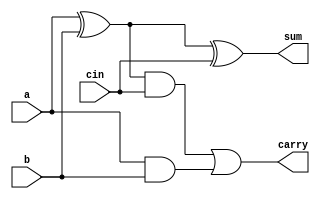
`timescale 1ns / 1ps

//design for 32bit multiplication

module full_adder(
    input a,b,cin,
    output sum,carry
    );
    
    assign sum = a^b^cin,
           carry = ((a^b)&cin)|(a&b);
endmodule

module four_bit(
    input [3:0] a , b , 
    input cin,
    output [3:0] sum,
    output carry 
    );
    
    wire [3:0] c;
    
    full_adder inst_0 (a[0], b[0], cin, sum[0] , c[0]);
    full_adder inst_1 (a[1], b[1], c[0], sum[1] , c[1]);
    full_adder inst_2 (a[2], b[2], c[1], sum[2] , c[2]);
    full_adder inst_3 (a[3], b[3], c[2], sum[3] , carry);
    
endmodule

module adder_32_bit (
    input [31:0] a , b,
    output [31:0] sum
    );
    reg cin = 1'b0;
    wire [7:0] c;
    
    four_bit inst0 (a[3:0], b[3:0], cin, sum[3:0], c[0] );
    four_bit inst1 (a[7:4], b[7:4], c[0], sum[7:4], c[1] );
    
    four_bit inst2 (a[11:8], b[11:8], c[1], sum[11:8], c[2] );
    four_bit inst3 (a[15:12], b[15:12], c[2], sum[15:12], c[3] );
    
    four_bit inst4 (a[19:16], b[19:16], c[3], sum[19:16], c[4] );
    four_bit inst5 (a[23:20], b[23:20], c[4], sum[23:20], c[5] );
    
    four_bit inst6 (a[27:24], b[27:24], c[5], sum[27:24], c[6] );
    four_bit inst7 (a[31:28], b[31:28], c[6], sum[31:28], c[7] );
    
endmodule

module mul_16x1 (
    input [15:0] a,
    input b,
    output [31:0] out
    );
    reg df = 1'b0;
    and (out[0],a[0],b), (out[1],a[1],b), (out[2],a[2],b), (out[3],a[3],b), (out[4],a[4],b),
        (out[5],a[5],b), (out[6],a[6],b), (out[6],a[6],b), (out[7],a[7],b), (out[8],a[8],b),
        (out[9],a[9],b), (out[10],a[10],b), (out[11],a[11],b), (out[12],a[12],b), (out[13],a[13],b),
        (out[14],a[14],b), (out[15],a[15],b), (out[16],df,b), (out[17],df,b), (out[18],df,b),
        (out[19],df,b),(out[20],df,b), (out[21],df,b),(out[22],df,b), (out[23],df,b),
        (out[24],df,b),(out[25],df,b), (out[26],df,b),(out[27],df,b), (out[28],df,b),(out[29],df,b),
        (out[30],df,b),(out[31],df,b);
    
endmodule

module multiplier_32_bit(
    input [15:0] a , b,
    output [31:0] prod 
    );
    wire [31:0] c_out0,c_out1,c_out2,c_out3,c_out4,c_out5,c_out6,c_out7,c_out8,c_out9,c_out10,
                c_out11,c_out12,c_out13,c_out14,c_out15;
                
    wire [31:0] sum0,sum1,sum2,sum3,sum4,sum5,sum6,sum7;
    wire [31:0] sum10,sum11,sum12,sum13;
    wire [31:0] sum20,sum21;
                
    mul_16x1 inst0 (a,b[0],c_out0);
    mul_16x1 inst1 (a,b[1],c_out1);
    mul_16x1 inst2 (a,b[2],c_out2);
    mul_16x1 inst3 (a,b[3],c_out3);
    mul_16x1 inst4 (a,b[4],c_out4);
    mul_16x1 inst5 (a,b[5],c_out5);
    mul_16x1 inst6 (a,b[6],c_out6);
    mul_16x1 inst7 (a,b[7],c_out7);
    mul_16x1 inst8 (a,b[8],c_out8);
    mul_16x1 inst9 (a,b[9],c_out9);
    mul_16x1 inst10 (a,b[10],c_out10);
    mul_16x1 inst11 (a,b[11],c_out11);
    mul_16x1 inst12 (a,b[12],c_out12);
    mul_16x1 inst13 (a,b[13],c_out13);
    mul_16x1 inst14 (a,b[14],c_out14);
    mul_16x1 inst15 (a,b[15],c_out15);
    
    adder_32_bit sum_0 (c_out0 , c_out1 << 1 ,sum0);   // shift least significant bit to right shift
    adder_32_bit sum_1 (c_out2 , c_out3 << 1 ,sum1);   // eg :- 0011   to   0110
    adder_32_bit sum_2 (c_out4 , c_out5 << 1 ,sum2);
    adder_32_bit sum_3 (c_out6 , c_out7 << 1 ,sum3);
    
    adder_32_bit sum_4 (c_out8 , c_out9 << 1 ,sum4);
    adder_32_bit sum_5 (c_out10 , c_out11 << 1 ,sum5);
    adder_32_bit sum_6 (c_out12 , c_out13 << 1 ,sum6);
    adder_32_bit sum_7 (c_out14 , c_out15 << 1 ,sum7);
    
    
    adder_32_bit sum_8 (sum0 , sum1 << 2 ,sum10);
    adder_32_bit sum_9 (sum2 , sum3 << 2 ,sum11);
    adder_32_bit sum_10 (sum4 , sum5 << 2 ,sum12);
    adder_32_bit sum_11 (sum6 , sum7 << 2 ,sum13);
    
    
    adder_32_bit sum_12 (sum10 , sum11 << 4 ,sum20);
    adder_32_bit sum_13 (sum12 , sum13 << 4 ,sum21);
    
    
    adder_32_bit sum_14 (sum20 , sum21 << 8 ,prod);
    
    
endmodule